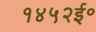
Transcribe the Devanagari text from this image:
१४५२ई॰